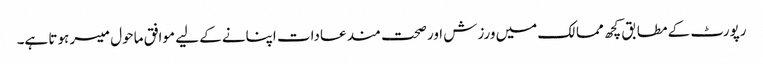
رپورٹ کے مطابق کچھ ممالک میں ورزش اور صحت مند عادات اپنانے کے لیے موافق ماحول میسر ہوتا ہے۔